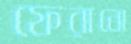
ফেরানো